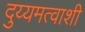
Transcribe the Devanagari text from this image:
दुय्यमत्वाशी